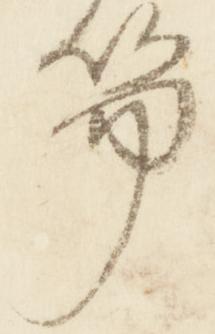
笏